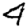
Digit: 4